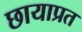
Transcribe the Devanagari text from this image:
छायाप्रत